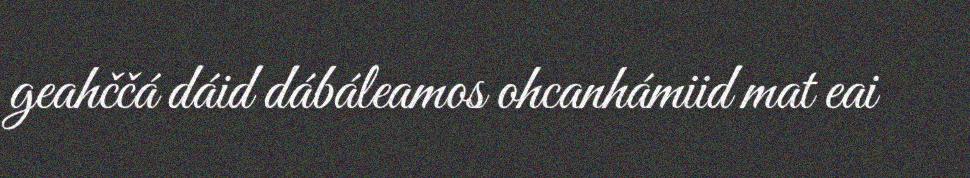
geahččá dáid dábáleamos ohcanhámiid mat eai